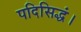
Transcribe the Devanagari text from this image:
पदिसिद्धं।